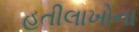
હતીલાખોના